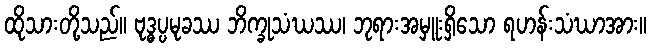
ထိုသားတို့သည်။ ဗုဒ္ဓပ္ပမုခဿ ဘိက္ခုသံဃဿ၊ ဘုရားအမှူးရှိသော ရဟန်းသံဃာအား။